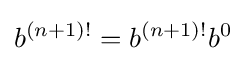
b^{(n+1)!}=b^{(n+1)!}b^{0}